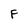
Character: F